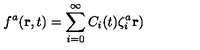
f ^ { a } ( { \bf r } , t ) = \sum _ { i = 0 } ^ { \infty } C _ { i } ( t ) \zeta _ { i } ^ { a } { \bf r } )